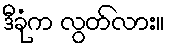
ဒီခုံက လွတ်လား။